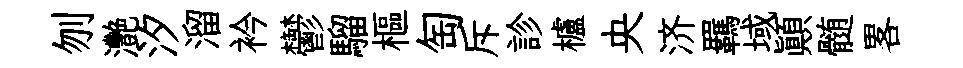
刎灧汐溜衿鬱騮樞匋斥診櫨央济羈域顚髄畧